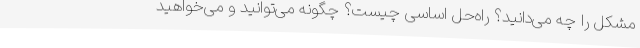
مشکل را چه می‌دانید؟ راه‌حل اساسی چیست؟ چگونه می‌توانید و می‌خواهید